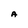
Character: A